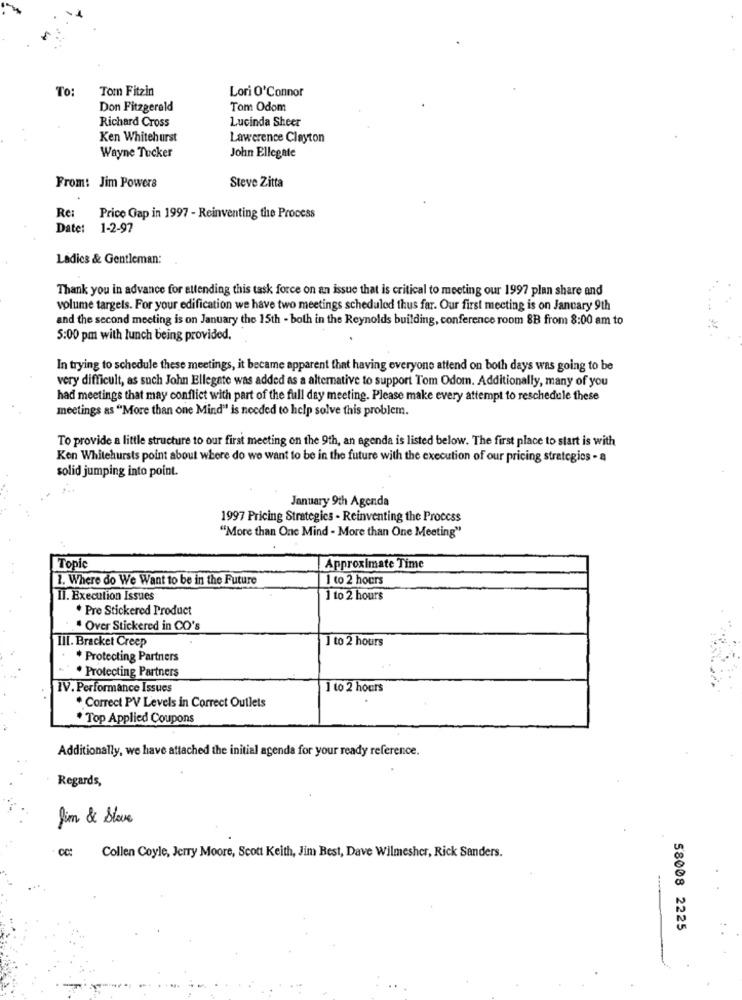
To:
Tom Fitzin
Lori O'Connor
Don Fitzgerald
Tom Odom
Richard Cross
Lucinda Sheer
Ken Whitehurst
Lawerence Clayton
John Ellegate
Wayne Tucker
From: Jim Powers
Steve Zitta
Re
Price Gap in 1997 - Reinventing the Process
Date: 1-2-97
Ladies & Gentleman:
Thank you in advance for attending this task force on an issue that is critical to meeting our 1997 plan share and
volume targets. For your edification we have two meetings scheduled thus far. Our first meeting is on January 9th
and the second meeting is on January the 15th - both in the Reynolds building, conference room 8B from 8:00 am to
5:00 pm with lunch being provided.
In trying to schedule these meetings, it became apparent that having everyone attend on both days was going to be
very difficult, as such John Ellegate was added as a alternative to support Tom Odom. Additionally, many of you
had meetings that may conflict with part of the full day meeting. Please make every attempt to reschedule these
meetings as "More than one Mind"' is needed to help solve this problem.
To provide a little structure to our first meeting on the 9th, an agenda is listed below. The first place to start is with
Ken Whitehursts point about where do we want to be in the future with the execution of our pricing strategies - a
solid jumping into point.
January 9th Agenda
1997 Pricing Strategics - Reinventing the Process
"More than One Mind - More than One Meeting"
Topic
Approximate Time
1. Where do We Want to be in the Future
1 to 2 hours
II. Execution Issues
1 to 2 hours
. Pre Stickered Product
Over Stickered in CO's
III. Bracket Creep
] to 2 hours
* Protecting Partners
. Protecting Partners
IV. Performance Issues
1 to 2 hours
* Correct PV Levels in Correct Outlets
* Top Applied Coupons
Additionally, we have attached the initial agenda for your ready reference.
Regards,
fim & Stove
cc:
Collen Coyle, Jerry Moore, Scott Keith, Jim Best, Dave Wilmesher, Rick Sanders.
58008 2225